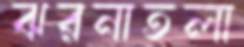
ঝরনাতলা